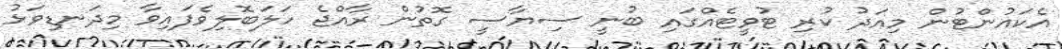
އެކައުންޓުން މިއަދު ކުރި ޓުވީޓެއްގައި ބުނީ ސިޔާސީ ގޮތުން ރާއްޖެ ހަލަބޮލިވެފައިވާ މިދަނޑިވަޅު